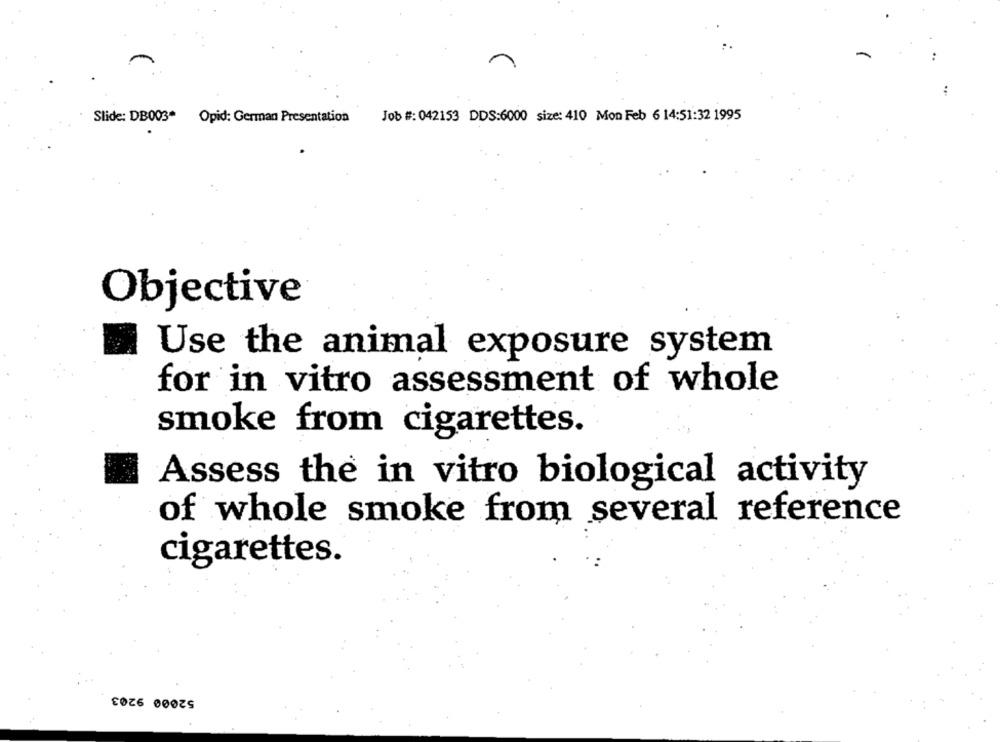
Slide: DB003
Opid: German Presentation
Job #: 042153 DDS:6000 size: 410 Mon Feb 6 14:51:32 1995
Objective
Use the animal exposure system
for in vitro assessment of whole
smoke from cigarettes.
Assess the in vitro biological activity
of whole smoke from several reference
cigarettes.
52000 9203